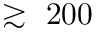
\gtrsim ~ 2 0 0